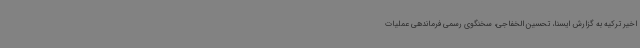
اخیر ترکیه به گزارش ایسنا، تحسین الخفاجی، سخنگوی رسمی فرماندهی عملیات